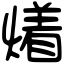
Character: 𤏲